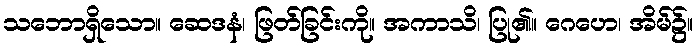
သဘောရှိသော။ ဆေဒနံ၊ ဖြတ်ခြင်းကို။ အကာသိ၊ ပြု၏။ ဂေဟေ၊ အိမ်၌။